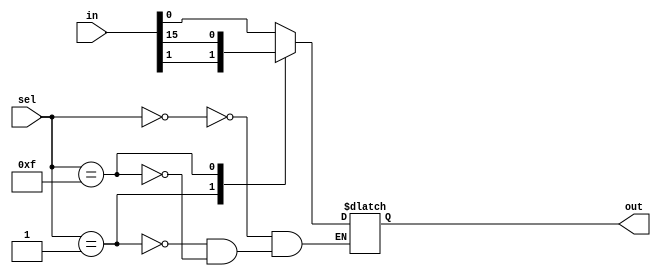
module mux_16to1 (
  input [15:0] in,
  input [3:0] sel,
  output reg out
);

always @*
begin
  case(sel)
    4'b0000: out = in[0];
    4'b0001: out = in[1];
    // ...
    4'b1111: out = in[15];
  endcase
end

endmodule